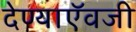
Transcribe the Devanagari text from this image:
देण्याऍवजी